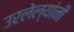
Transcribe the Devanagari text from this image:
उरलेल्यांनी